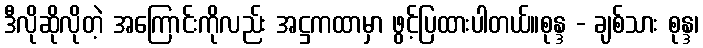
ဒီလိုဆိုလိုတဲ့ အကြောင်းကိုလည်း အဋ္ဌကထာမှာ ဖွင့်ပြထားပါတယ်။စုန္ဒ - ချစ်သား စုန္ဒ၊